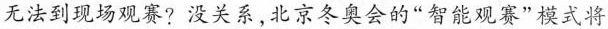
无法到现场观赛?没关系,北京冬奥会的“智能观赛”模式将